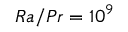
R a / P r = 1 0 ^ { 9 }